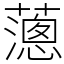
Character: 𦿞